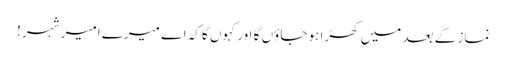
نماز کے بعد میں کھڑا ہو جاؤں گا اور کہوں گا کہ اے میرے امیر شہر !